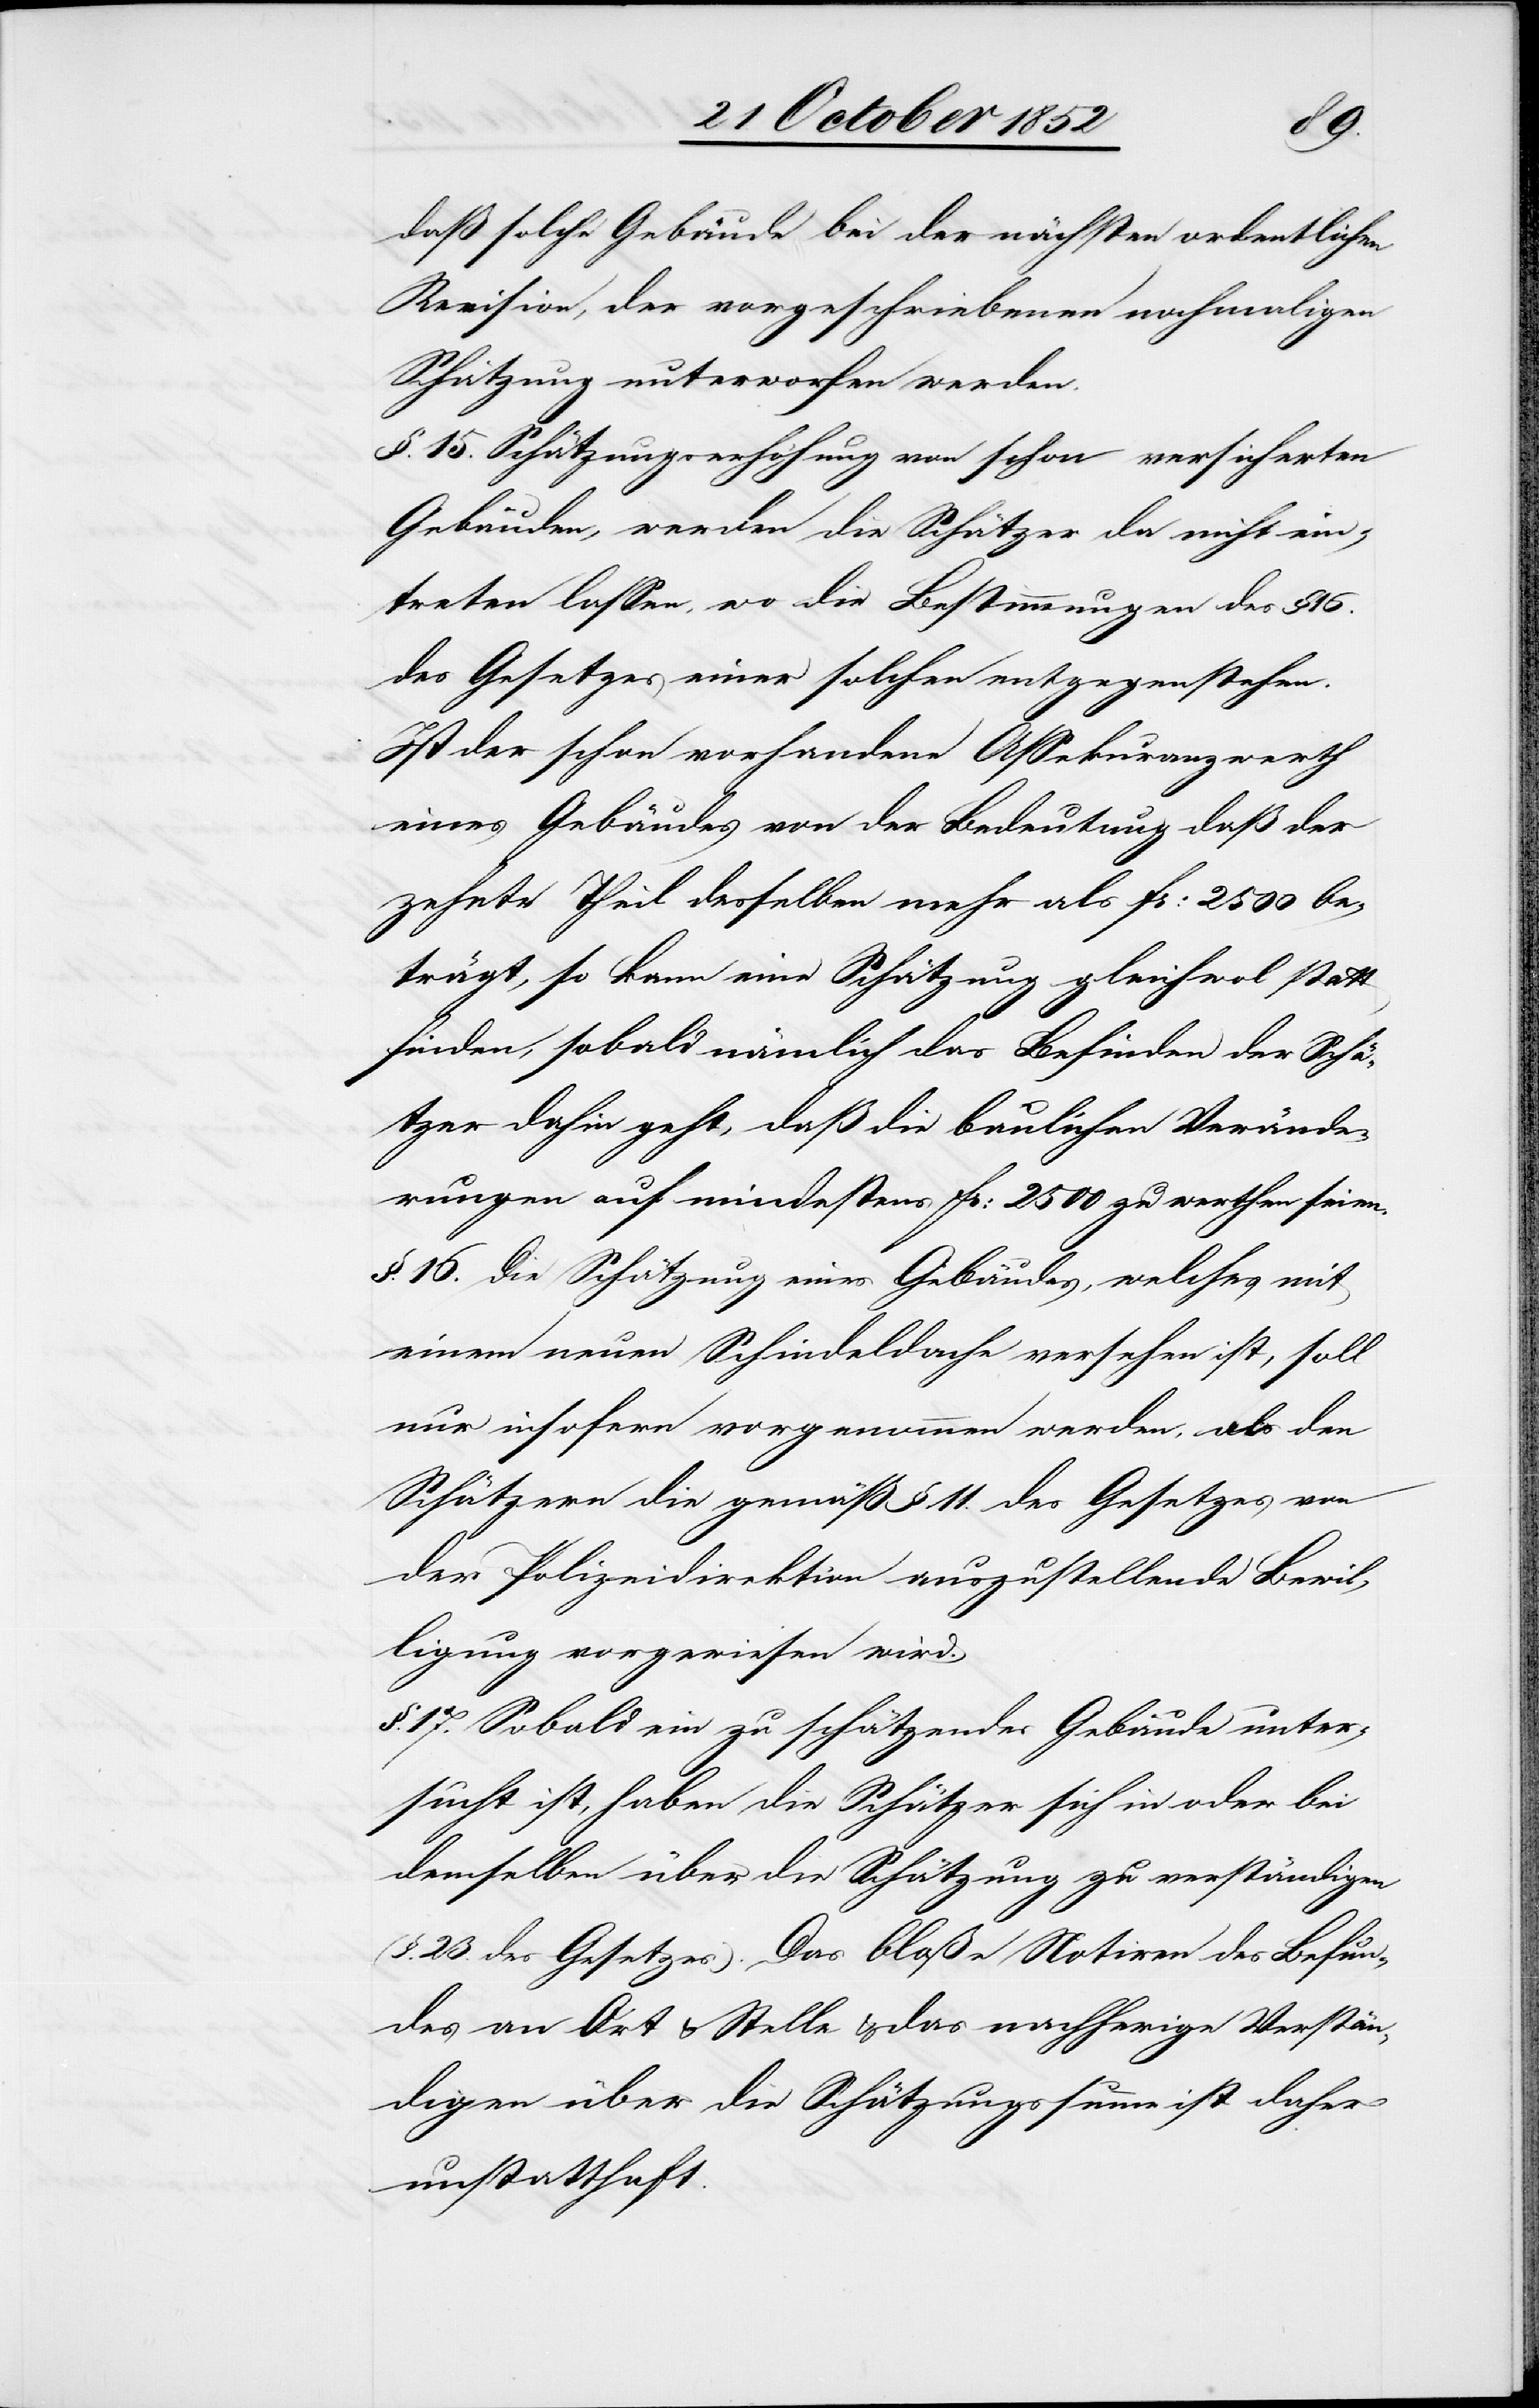
daß solche Gebäude bei der nächsten ordentlichen
Revision, der vorgeschriebenen nochmaligen
Schätzung unterworfen werden.
§. 15. Schätzungserhöhung von schon versicherten
Gebäuden, werden die Schätzer da nicht ein¬
treten lassen, wo die Bestimmungen des §
des Gesetzes einer solchen entgegenstehen.
Ist der schon vorhandene Assekuranzwerth
eines Gebäudes von der Bedeutung daß der
zehnte Theil desselben mehr als Fr: 2500 be¬
trägt, so kann eine Schätzung gleichwol statt
finden, sobald nämlich das Befinden der Schä¬
tzer dahin geht, daß die baulichen Verände¬
rungen auf mindestens Fr: 2500 zu werthen seien.
§. 16. Die Schätzung eines Gebäudes, welches mit
einem neuen Schindeldache versehen ist, soll
nur insofern vorgenommen werden, als den
Schätzern die gemäß § 11. des Gesetzes von
der Polizeidirektion auszustellende Bewil¬
ligung vorgewiesen wird.
§. 17. Sobald ein zu schätzendes Gebäude unter¬
sucht ist, haben die Schätzer sich in oder bei
demselben über die Schätzung zu verständigen
(§. 23. des Gesetzes). Das bloße Notiren des Befun¬
des an Ort & Stelle & das nachherige Verstän¬
digen über die Schätzungssumme ist daher
unstatthaft.